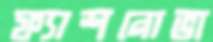
ফ্যাশনোভা